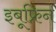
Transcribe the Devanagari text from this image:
इबूफ्रिन